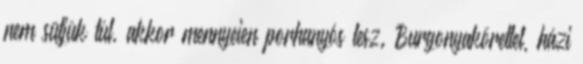
nem sütjük túl, akkor mennyeien porhanyós lesz. Burgonyakörettel, házi